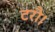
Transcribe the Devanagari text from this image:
टरौ।